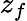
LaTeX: z_{f}